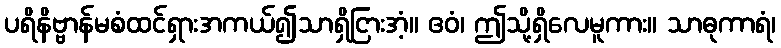
ပရိနိဗ္ဗာန်မစံထင်ရှားအကယ်၍သာရှိငြားအံ့။ ဧဝံ၊ ဤသို့ရှိလေမူကား။ သာဓုကာရံ၊